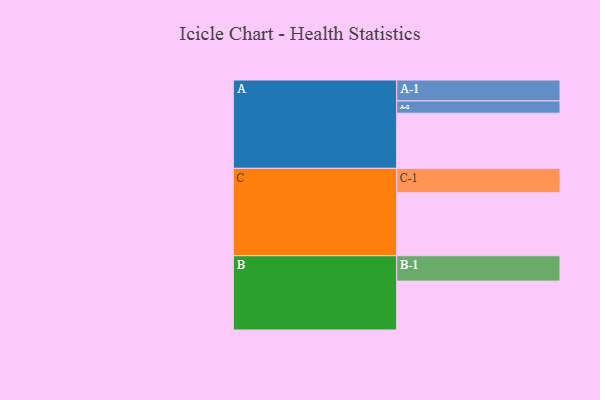
{"axis": {"x": "Segment", "y": "Value"}, "legend": ["", "A", "B", "C"], "data": [{"x": "A", "y": 345, "type": ""}, {"x": "B", "y": 306, "type": ""}, {"x": "C", "y": 394, "type": ""}, {"x": "A-1", "y": 131, "type": "A"}, {"x": "A-2", "y": 77, "type": "A"}, {"x": "B-1", "y": 159, "type": "B"}, {"x": "C-1", "y": 153, "type": "C"}]}